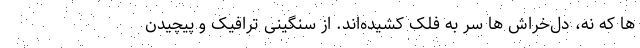
ها که نه، دل‌خراش ها سر به فلک کشیده‌اند. از سنگینی ترافیک و پیچیدن